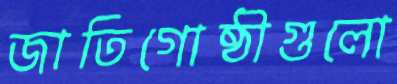
জাতিগোষ্ঠীগুলো